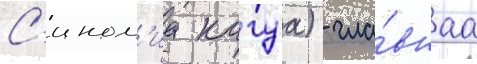
С'ином'иа кагуа) - гла́внаа